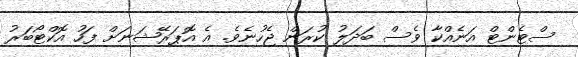
ސްޓެންޓް އަނެއްކާ ވެސް ބަދަލު ކުރަން ޖެހުނެވެ. އެ އޮޕަރޭޝަނަށް ފަހު އޮކްޓޯބަރު